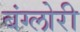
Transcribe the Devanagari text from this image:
बंग्लोरी